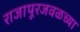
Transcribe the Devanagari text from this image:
राजापूरजवळच्या